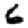
Digit: 6